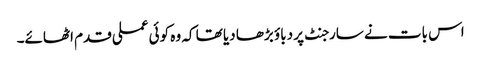
اس بات نے سارجنٹ پر دباؤ بڑھا دیا تھا کہ وہ کوئی عملی قدم اٹھائے۔